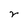
Character: r